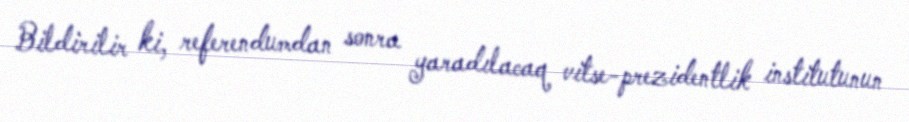
Bildirilir ki, referendumdan sonra yaradılacaq vitse-prezidentlik institutunun